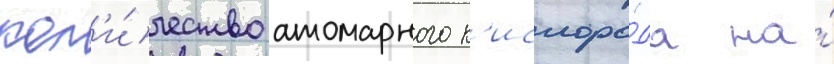
кол'и́чество атомарного к'ислоро́да на́